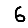
Digit: 6